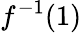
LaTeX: f^{-1}(1)